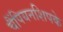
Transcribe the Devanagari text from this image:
चैंपियनशिपके